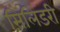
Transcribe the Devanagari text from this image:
सिलिंडरी